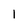
Character: l